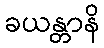
ခယန္တာနိ